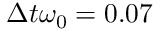
\Delta t \omega _ { 0 } = 0 . 0 7